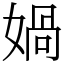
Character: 媧